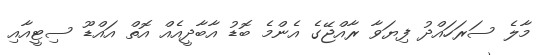
މާލެ ސަރަހައްދު ފިޔަވާ ރާއްޖޭގެ އެންމެ ބޮޑު އާބާދީއެއް އޮތް އައްޑޫ ސިޓީއާއި